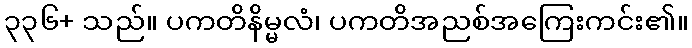
၃၃၆+ သည်။ ပကတိနိမ္မလံ၊ ပကတိအညစ်အကြေးကင်း၏။